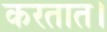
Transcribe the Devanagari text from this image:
करतात।